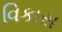
વિકાસ